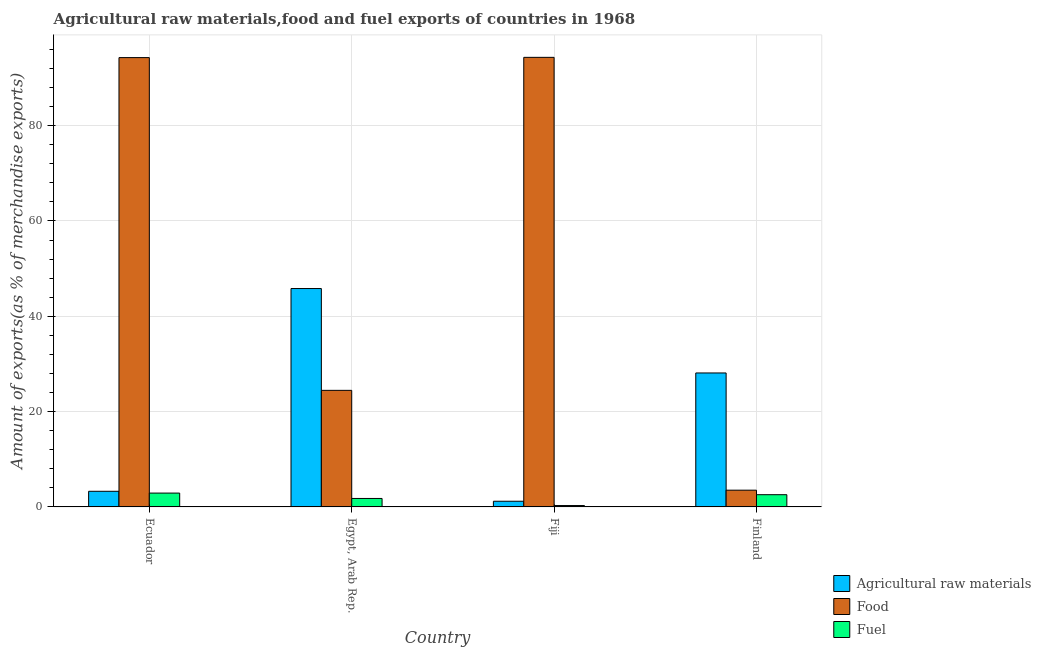
| Country | Agricultural raw materials | Food | Fuel |
 | --- | --- | --- | --- |
 | Ecuador | 3.28 | 94.3 | 2.9 |
 | Egypt, Arab Rep. | 45.8 | 24.5 | 1.78 |
 | Fiji | 1.19 | 94.3 | 0.29 |
 | Finland | 28.1 | 3.52 | 2.57 |